Vital statistics of India. Vol. IV, Annual returns from 1871 to 1876. British Army of India, Native Army and jails of Bengal
Year: 1871
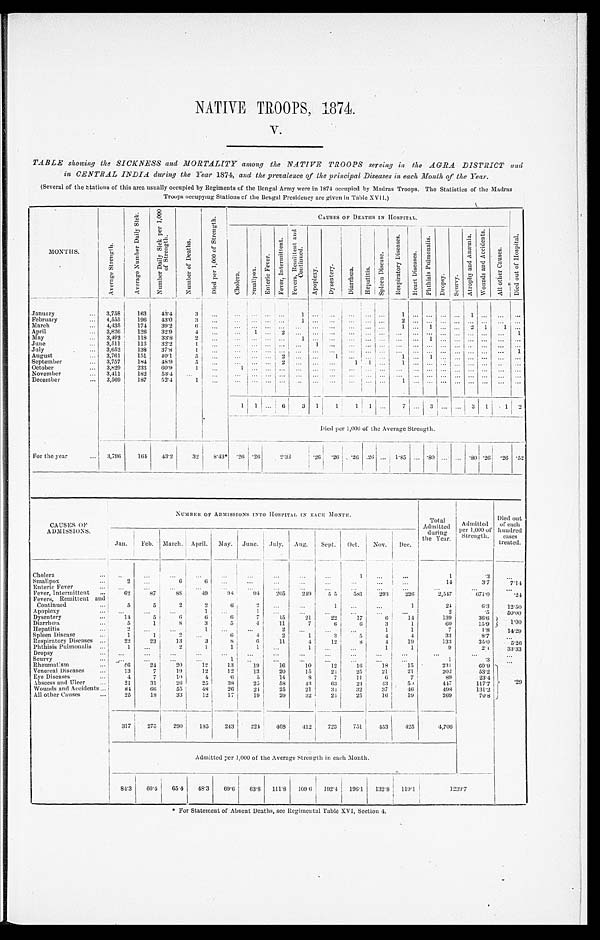
NATIVE TROOPS, 1874.
V.
TABLE showing the SICKNESS and MORTALITY among the NATIVE TROOPS serving in the AGRA DISTRICT and
in CENTRAL INDIA during the Year 1874, and the prevalence of the principal Diseases in each Month of the Year.
(Several of the Stations of this area usually occupied by Regiments of the Bengal Army were in 1874 occupied by Madras Troops. The Statistics of the Madras
Troops occupying Stations of the Bengal Presidency are given in Table XVII.)
M O N T H S .
A v e r a g e S t r e n g t h .
A v e r a g e N u m b e r D a i l y S i c k .
N u m b e r D a i l y S i c k p e r 1 , 0 0 0 o f S t r e n g t h .
N u m b e r o f D e a t h s .
D i e d p e r 1 , 0 0 0 o f S t r e n g t h .
CAUSES OF DEATHS IN HOSPITAL.
D i e d o u t o f H o s p i t a l .
C h o l e r a .
S m a l l p o x .
E n t e r i c F e v e r .
F e v e r , I n t e r m i t t e n t .
F e v e r , R e m i t t e n t a n d C o n t i n u e d .
A p o p l e x y .
D y s e n t e r y .
D i a r r h œ a .
H e p a t i t i s .
S p l e e n D i s e a s e .
R e s p i r a t o r y D i s e a s e s .
H e a r t D i s e a s e s .
P h t h i s i s P u l m o n a l i s .
D r o p s y . S c u r v y .
A t r o p h y a n d A n æ m i a .
W o u n d s a n d A c c i d e n t s .
A l l o t h e r C a u s e s .
January . . . 3,758 163 43.4
3
. . . . . . . . .
. . . . . .
1 . . .
. . . . . . . . .
. . .
1 . . .
. . . . . . . . . 1 . . .
. . . . . .
February . . . 4,555 196 43.0
3
. . . . . . . . . . . . . . .
1 . . .
. . .
. . .
. . . . . .
2 . . .
. . . . . . . . . . . . . . . . . . . . .
March . . . 4,435 174 39.2
6
. . . . . . . . . . . . . . .
. . . . . . . . . . . . . . . . . . 1 . . . 1 . . . . . . 2 1 1 . . .
Apri l . . .
3,826 126 32.9
4
. . . . . . 1 . . . 2
. . . . . . . . .
. . .
. . . . . .
. . . . . . . . . . . . . . . . . . . . . . . . 1
May . . . 3,492 118 33.8
2
. . . . . . . . . . . . . . . 1
. . . . . .
. . . . . . . . .
. . . . . . 1 . . . . . . . . . . . . . . . . . .
June . . . 3,511 113 32.2
1
. . . . . . . . . . . . . . . . . .
1 . . .
. . .
. . . . . .
. . . . . . . . . . . . . . . . . . . . . . . . . . .
July . . . 3,652 138 37.8
1
. . . . . .
. . . . . . . . . . . .
. . . . . .
. . . . . . . . . . . . . . . . . . . . . . . . . . . . . . . . . 1
August . . . 3,761
151 40.1
5 . . .
. . .
. . . . . . 2
. . . . . . 1
. . .
. . . . . . 1 . . . 1
. . . . . . . . . . . . . . . . . .
September . . . 3,757 184 48.9
5
. . .
. . . . . . . . . 2
. . . . . . . . .
1 1 . . .
1 . . . . . . . . . . . . . . . . . . . . . . . .
October . . .
3,829 233 60.9
1
. . .
1 . . . . . . . . . . . .
. . . . . .
. . . . . . . . .
. . . . . . . . . . . . . . . . . . . . . . . . . . .
November . . . 3,411 182 53.4 . . .
. . .
. . . . . . . . . . . . . . .
. . . . . . . . .
. . . . . . . . . . . . . . . . . . . . . . . . . . . . . . . . .
December . . . 3,569 187 52.4
1
. . .
. . .
. . . . . . . . .
. . . . . . . . .
. . . . . . . . . 1 . . . . . . . . . . . . . . . . . . . . . . . .
1 1
. . . 6
3 1 1 1
1
. . . 7 . . . 3 . . . . . . 3 1 1 2
Died per 1,000 of the Average Strength.
For the year
. . .
3,796 164 43.2
32 8.43* .26 . 2 6
2.33 . 2 6 . 26
. 2 6
. 2 6 . . .
1 . 8 5 . . . .80 . . . . . . . 8 0 .26 .26 . 5 2
CAUSES OF
ADMISSIONS.
NUMBER OF ADMISSIONS INTO HOSPITAL IN EACH MONTH.
T o t a l
Admitted
during
the Year.
Ad mi t t e d p e r 1 , 0 0 0 o f St r e n g t h . Died out
of each
hundred
cases
treated.
Jan. Feb. March. April. May. June. July. Aug. Sept. Oct. Nov. Dec.
Cholera . . .
. . .
. . .
. . .
. . . . . .
. . .
. . .
. . .
. . .
1
. . . . . .
1
.3
. . .
Smallpox . . .
2
. . .
6
6 . . .
. . .
. . .
. . . . . .
. . .
. . .
. . .
14
3.7
7.14
Enteric Fever . . .
. . .
. . .
. . .
. . .
. . .
. . .
. . .
. . . . . .
. . .
. . .
. . .
. . .
. . .
. . .
Fever, Intermittent . . .
62
87
88
49
98
9 4 205 249
5 5
581 293 226
2,547
6 7 1 . 0
.24
Fevers, Remittent and
Continued . . .
5
5
2
2
6
2
. . . . . .
1
. . .
. . .
1
24
6.3 12.50
Apoplexy . . .
. . .
. . .
. . .
1
. . .
1
. . .
. . .
. . .
. . .
. . . . . .
2
.5 50.00
Dysentery . . .
14
5
6
6
6
7
15
21
22
17
6 14
139
36.6
1.00
Diarrhœa . . .
5
1
8
3
5
4
11
7
6
6
3
1
60
15.9
Hepatitis . . .
2
. . .
. . .
1
. . .
. . .
2
. . .
. . .
. . .
1
1
7
1.8 14.29
Spleen Disease . . .
1
1 2
. . .
6
4
2
1
3
5
4
4
33
8.7
. . .
Respiratory Diseases . . .
22
23
13
3
8
6
1 1
4
12
8
4
19
133
35.0
5.26
Phthisis Pulmonalis . . .
1
. . . 2
1
1
1
. . .
1
. . .
. . .
1
1
9
2.4 33.33
Dropsy . . .
. . .
. . . . . .
. . .
. . .
. . .
. . .
. . .
. . .
. . .
. . .
. . .
. . .
. . .
. . .
Scurvy . . .
. . .
. . .
. . .
. . .
1
. . .
. . .
. . .
. . .
. . .
. . .
. . .
1
.3
. . .
Rheumatism . . .
56
24
20
12
13
19
16
10
12
16
18
15
231
60.9 .29
Venereal Diseases . . .
13
7
19
12
12
13
20
15
24
25
21
21
202
53.2
Eye Diseases . . .
4
7
10
4
6
5
14
8
7
11
6
7
89
23.4
Abscess and Ulcer . . .
21
31
26
25
38
25
58
43
63
24
43
5 0
447
1 1 7 . 7
Wounds and Accidents . . .
84 66
55
48
26
24
25
21
34 32
37
46
498
131.2
All other Causes . . .
25
18
33
12
17
19
29
32
24
25
16
19
269
70.8
317 275 290 185 243 224 408 412 723 751 453 425
4,706
Admi t t ed per 1, 000 of t he Average St rengt h i n each Mont h.
84.3 6 0 . 4
65.4 48.3 69.6 63.8 111.8 109.6 192.4 196.1 132.8 119.1
1239.7
* For Statement of Absent Deaths, see Regimental Table XVI, Section 4.